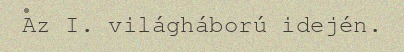
Az I. világháború idején.